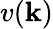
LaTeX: v(\mathbf{k})